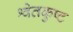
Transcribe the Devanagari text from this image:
श्वेतकुष्ट